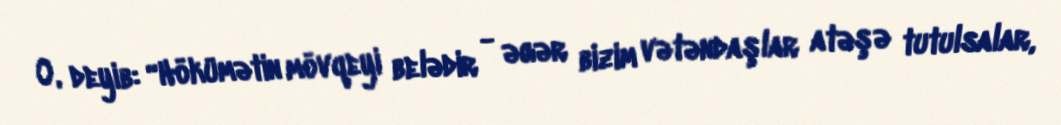
O, deyib: “Hökümətin mövqeyi belədir - əgər bizim vətəndaşlar atəşə tutulsalar,